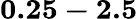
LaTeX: \mathbf{0.25-2.5}